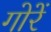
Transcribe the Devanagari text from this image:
गोरें